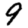
Digit: 9